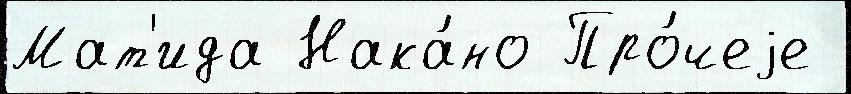
Мат'ида Нака́но Про́чеjе